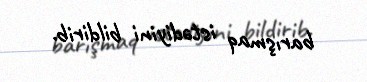
barışmaq istədiyini bildirib.